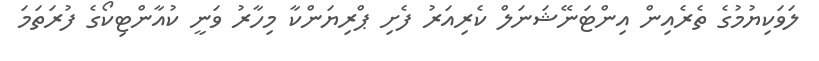
ލަވަކިޔުމުގެ ތެރެއިން އިންޓަނޭޝަނަލް ކެރިއަރު ފެށި ޕްރިޔަންކާ މިހާރު ވަނީ ކުއާންޓިކޯގެ ފުރަތަމަ